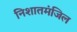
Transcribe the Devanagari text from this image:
निशातमंजिल